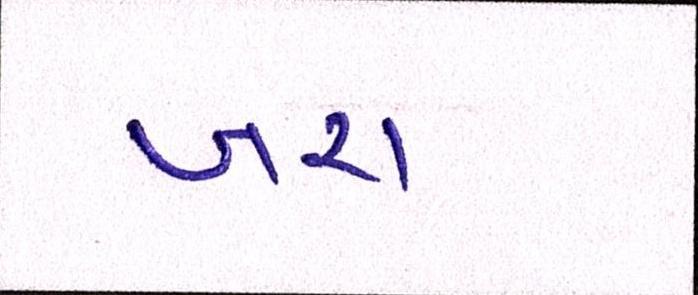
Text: ખરા